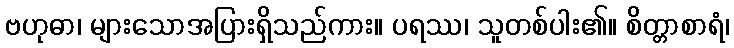
ဗဟုဓာ၊ များသောအပြားရှိသည်ကား။ ပရဿ၊ သူတစ်ပါး၏။ စိတ္တာစာရံ၊